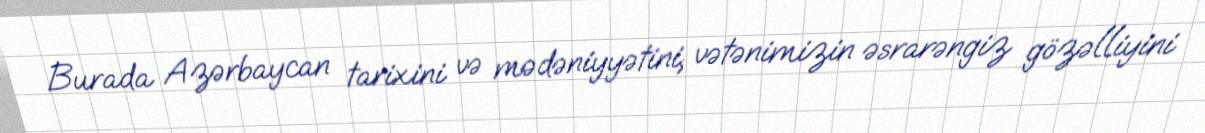
Burada Azərbaycan tarixini və mədəniyyətini, vətənimizin əsrarəngiz gözəlliyini